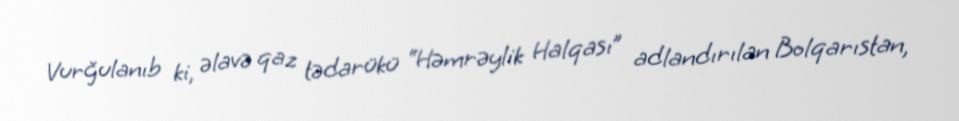
Vurğulanıb ki, əlavə qaz tədarükü “Həmrəylik Halqası” adlandırılan Bolqarıstan,